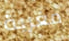
مغرية